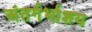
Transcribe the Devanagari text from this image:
अंतर्गर्भाशय